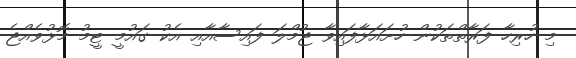
މި ހުރިހާ ފަރާތްތަކުން ހުށައަޅާފައިވާ ޖުމްލަ ފައިސާއާއި އެކު ގައުމީ ޓީމު މޮޅުވެއްޖެ